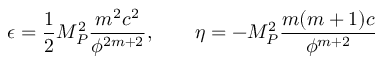
\epsilon = \frac { 1 } { 2 } M _ { P } ^ { 2 } \frac { m ^ { 2 } c ^ { 2 } } { \phi ^ { 2 m + 2 } } , \quad \quad \eta = - M _ { P } ^ { 2 } \frac { m ( m + 1 ) c } { \phi ^ { m + 2 } }